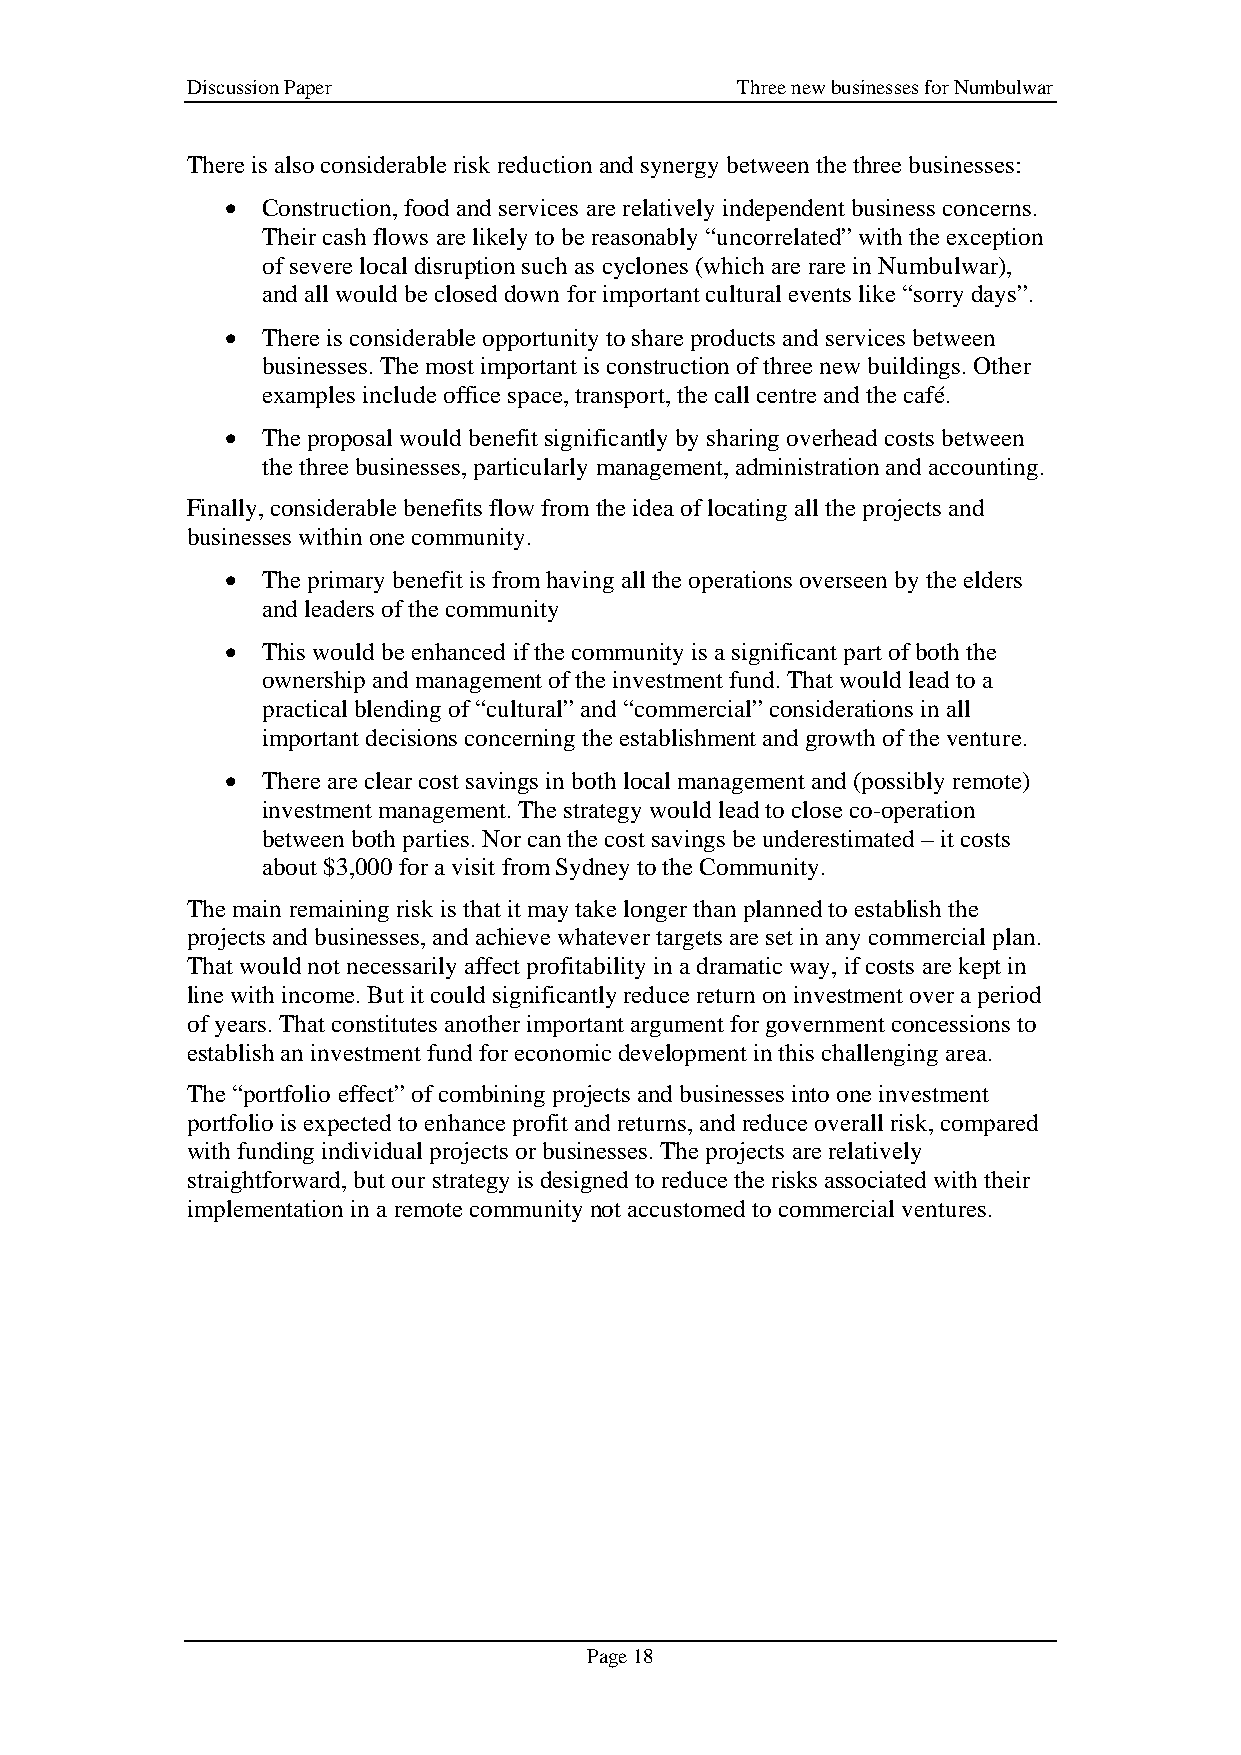
Discussion Paper                     Three new businesses for Numbulwar
 There is also considerable risk reduction and synergy between the three businesses:
 • Construction, food and services are relatively independent business concerns.
 Their cash flows are likely to be reasonably “uncorrelated” with the exception
 of severe local disruption such as cyclones (which are rare in Numbulwar),
 and all would be closed down for important cultural events like “sorry days”.
 • There is considerable opportunity to share products and services between
 businesses. The most important is construction of three new buildings. Other
 examples include office space, transport, the call centre and the café.
 • The proposal would benefit significantly by sharing overhead costs between
 the three businesses, particularly management, administration and accounting.
 Finally, considerable benefits flow from the idea of locating all the projects and
 businesses within one community.
 • The primary benefit is from having all the operations overseen by the elders
 and leaders of the community
 • This would be enhanced if the community is a significant part of both the
 ownership and management of the investment fund. That would lead to a
 practical blending of “cultural” and “commercial” considerations in all
 important decisions concerning the establishment and growth of the venture.
 • There are clear cost savings in both local management and (possibly remote)
 investment management. The strategy would lead to close co-operation
 between both parties. Nor can the cost savings be underestimated – it costs
 about $3,000 for a visit from Sydney to the Community.
 The main remaining risk is that it may take longer than planned to establish the
 projects and businesses, and achieve whatever targets are set in any commercial plan.
 That would not necessarily affect profitability in a dramatic way, if costs are kept in
 line with income. But it could significantly reduce return on investment over a period
 of years. That constitutes another important argument for government concessions to
 establish an investment fund for economic development in this challenging area.
 The “portfolio effect” of combining projects and businesses into one investment
 portfolio is expected to enhance profit and returns, and reduce overall risk, compared
 with funding individual projects or businesses. The projects are relatively
 straightforward, but our strategy is designed to reduce the risks associated with their
 implementation in a remote community not accustomed to commercial ventures.
 Page 18